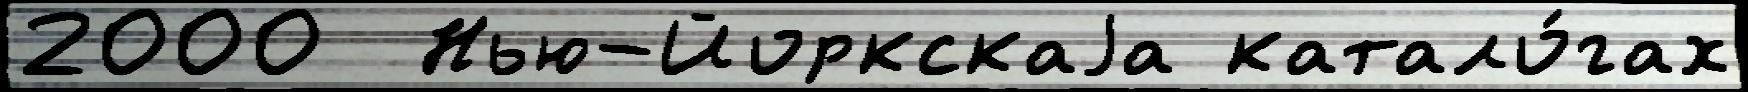
2000  Нью-Йоркскаjа катало́гах